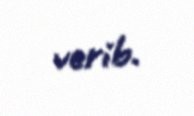
verib.